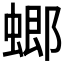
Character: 𧎟